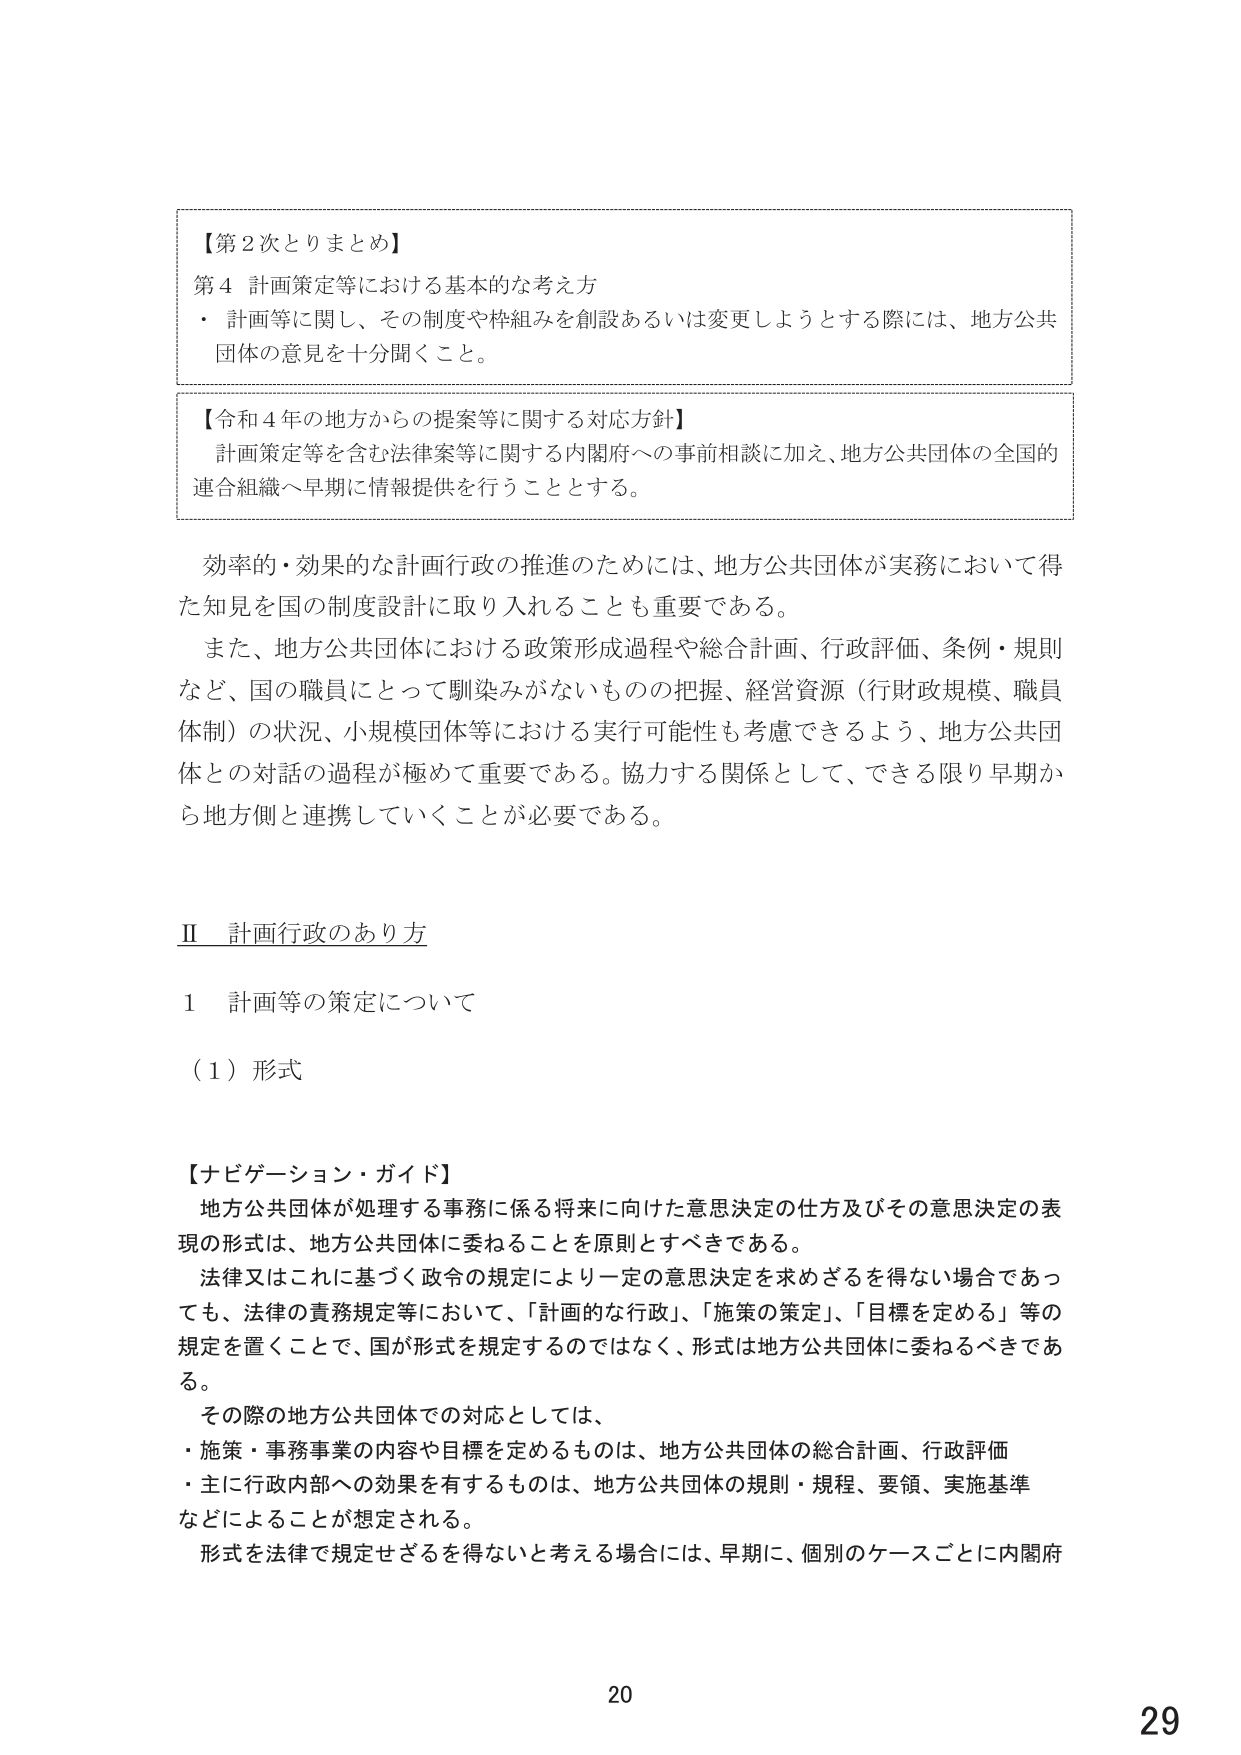
【第２次とりまとめ】
第４ 計画策定等における基本的な考え方
・ 計画等に関し、その制度や枠組みを創設あるいは変更しようとする際には、地方公共団体の意見を十分聞くこと。

【令和４年の地方からの提案等に関する対応方針】
計画策定等を含む法律案等に関する内閣府への事前相談に加え、地方公共団体の全国的連合組織へ早期に情報提供を行うこととする。

効率的・効果的な計画行政の推進のためには、地方公共団体が実務において得た知見を国の制度設計に取り入れることも重要である。
また、地方公共団体における政策形成過程や総合計画、行政評価、条例・規則など、国の職員にとって馴染みがないものの把握、経営資源（行財政規模、職員体制）の状況、小規模団体等における実行可能性も考慮できるよう、地方公共団体との対話の過程が極めて重要である。協力する関係として、できる限り早期から地方側と連携していくことが必要である。

Ⅱ 計画行政のあり方

１ 計画等の策定について

（１）形式

【ナビゲーション・ガイド】
地方公共団体が処理する事務に係る将来に向けた意思決定の仕方及びその意思決定の表現の形式は、地方公共団体に委ねることを原則とすべきである。
法律又はこれに基づく政令の規定により一定の意思決定を求めざるを得ない場合であっても、法律の責務規定等において、「計画的な行政」、「施策の策定」、「目標を定める」等の規定を置くことで、国が形式を規定するのではなく、形式は地方公共団体に委ねるべきである。
その際の地方公共団体での対応としては、
・ 施策・事務事業の内容や目標を定めるものは、地方公共団体の総合計画、行政評価
・ 主に行政内部への効果を有するものは、地方公共団体の規則・規程、要領、実施基準などによることが想定される。
形式を法律で規定せざるを得ないと考える場合には、早期に、個別のケースごとに内閣府

20
29